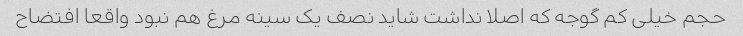
حجم خیلى کم گوجه که اصلا نداشت شاید نصف یک سینه مرغ هم نبود واقعا افتضاح